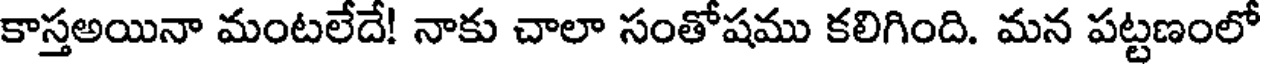
కాస్తఅయినా మంటలేదే! నాకు చాలా సంతోషము కలిగింది. మన పట్టణంలో